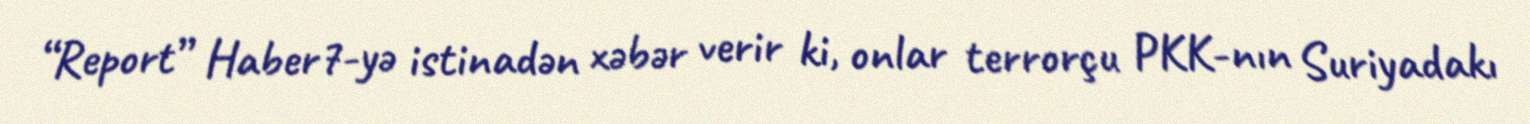
“Report” Haber7-yə istinadən xəbər verir ki, onlar terrorçu PKK-nın Suriyadakı